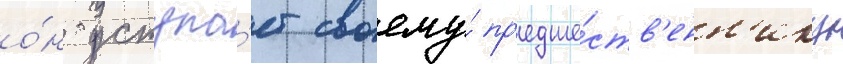
о́н уступа́ет своему́ пр'едше́ств'енн'ику